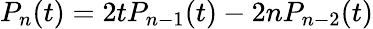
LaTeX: P_{n}(t)=2tP_{n-1}(t)-2nP_{n-2}(t)